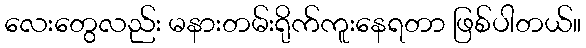
လေးတွေလည်း မနားတမ်းရိုက်ကူးနေရတာ ဖြစ်ပါတယ်။